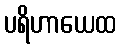
ပရိဟာယေထ